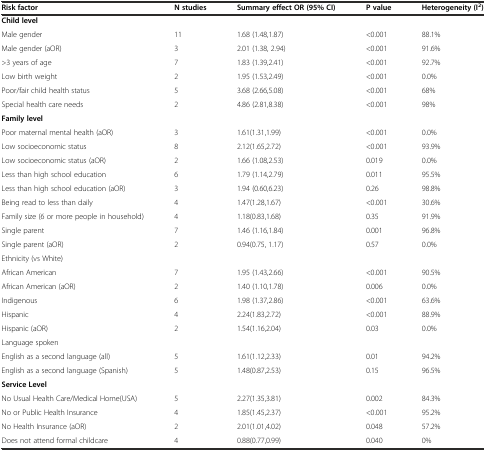
<table><thead><tr><td><b>Risk factor</b></td><td><b>N studies</b></td><td><b>Summary effect OR (95% CI)</b></td><td><b>P value</b></td><td><b>Heterogeneity (I<sup>2</sup>)</b></td></tr></thead><tbody><tr><td><b>Child level</b></td><td></td><td></td><td></td><td></td></tr><tr><td>Male gender</td><td>11</td><td>1.68 (1.48,1.87)</td><td>&lt;0.001</td><td>88.1%</td></tr><tr><td>Male gender (aOR)</td><td>3</td><td>2.01 (1.38, 2.94)</td><td>&lt;0.001</td><td>91.6%</td></tr><tr><td>&gt;3 years of age</td><td>7</td><td>1.83 (1.39,2.41)</td><td>&lt;0.001</td><td>92.7%</td></tr><tr><td>Low birth weight</td><td>2</td><td>1.95 (1.53,2.49)</td><td>&lt;0.001</td><td>0.0%</td></tr><tr><td>Poor/fair child health status</td><td>5</td><td>3.68 (2.66,5.08)</td><td>&lt;0.001</td><td>68%</td></tr><tr><td>Special health care needs</td><td>2</td><td>4.86 (2.81,8.38)</td><td>&lt;0.001</td><td>98%</td></tr><tr><td><b>Family level</b></td><td></td><td></td><td></td><td></td></tr><tr><td>Poor maternal mental health (aOR)</td><td>3</td><td>1.61(1.31,1.99)</td><td>&lt;0.001</td><td>0.0%</td></tr><tr><td>Low socioeconomic status</td><td>8</td><td>2.12(1.65,2.72)</td><td>&lt;0.001</td><td>93.9%</td></tr><tr><td>Low socioeconomic status (aOR)</td><td>2</td><td>1.66 (1.08,2.53)</td><td>0.019</td><td>0.0%</td></tr><tr><td>Less than high school education</td><td>6</td><td>1.79 (1.14,2.79)</td><td>0.011</td><td>95.5%</td></tr><tr><td>Less than high school education (aOR)</td><td>3</td><td>1.94 (0.60,6.23)</td><td>0.26</td><td>98.8%</td></tr><tr><td>Being read to less than daily</td><td>4</td><td>1.47(1.28,1.67)</td><td>&lt;0.001</td><td>30.6%</td></tr><tr><td>Family size (6 or more people in household)</td><td>4</td><td>1.18(0.83,1.68)</td><td>0.35</td><td>91.9%</td></tr><tr><td>Single parent</td><td>7</td><td>1.46 (1.16,1.84)</td><td>0.001</td><td>96.8%</td></tr><tr><td>Single parent (aOR)</td><td>2</td><td>0.94(0.75, 1.17)</td><td>0.57</td><td>0.0%</td></tr><tr><td>Ethnicity (vs White)</td><td></td><td></td><td></td><td></td></tr><tr><td>African American</td><td>7</td><td>1.95 (1.43,2.66)</td><td>&lt;0.001</td><td>90.5%</td></tr><tr><td>African American (aOR)</td><td>2</td><td>1.40 (1.10,1.78)</td><td>0.006</td><td>0.0%</td></tr><tr><td>Indigenous</td><td>6</td><td>1.98 (1.37,2.86)</td><td>&lt;0.001</td><td>63.6%</td></tr><tr><td>Hispanic</td><td>4</td><td>2.24(1.83,2.72)</td><td>&lt;0.001</td><td>88.9%</td></tr><tr><td>Hispanic (aOR)</td><td>2</td><td>1.54(1.16,2.04)</td><td>0.03</td><td>0.0%</td></tr><tr><td>Language spoken</td><td></td><td></td><td></td><td></td></tr><tr><td>English as a second language (all)</td><td>5</td><td>1.61(1.12,2.33)</td><td>0.01</td><td>94.2%</td></tr><tr><td>English as a second language (Spanish)</td><td>5</td><td>1.48(0.87,2.53)</td><td>0.15</td><td>96.5%</td></tr><tr><td><b>Service Level</b></td><td></td><td></td><td></td><td></td></tr><tr><td>No Usual Health Care/Medical Home(USA)</td><td>5</td><td>2.27(1.35,3.81)</td><td>0.002</td><td>84.3%</td></tr><tr><td>No or Public Health Insurance</td><td>4</td><td>1.85(1.45,2.37)</td><td>&lt;0.001</td><td>95.2%</td></tr><tr><td>No Health Insurance (aOR)</td><td>2</td><td>2.01(1.01,4.02)</td><td>0.048</td><td>57.2%</td></tr><tr><td>Does not attend formal childcare</td><td>4</td><td>0.88(0.77,0.99)</td><td>0.040</td><td>0%</td></tr></tbody></table>